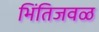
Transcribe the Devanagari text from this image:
भिंतिजवळ